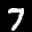
Label: 7